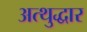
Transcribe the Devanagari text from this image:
अत्थुद्धार